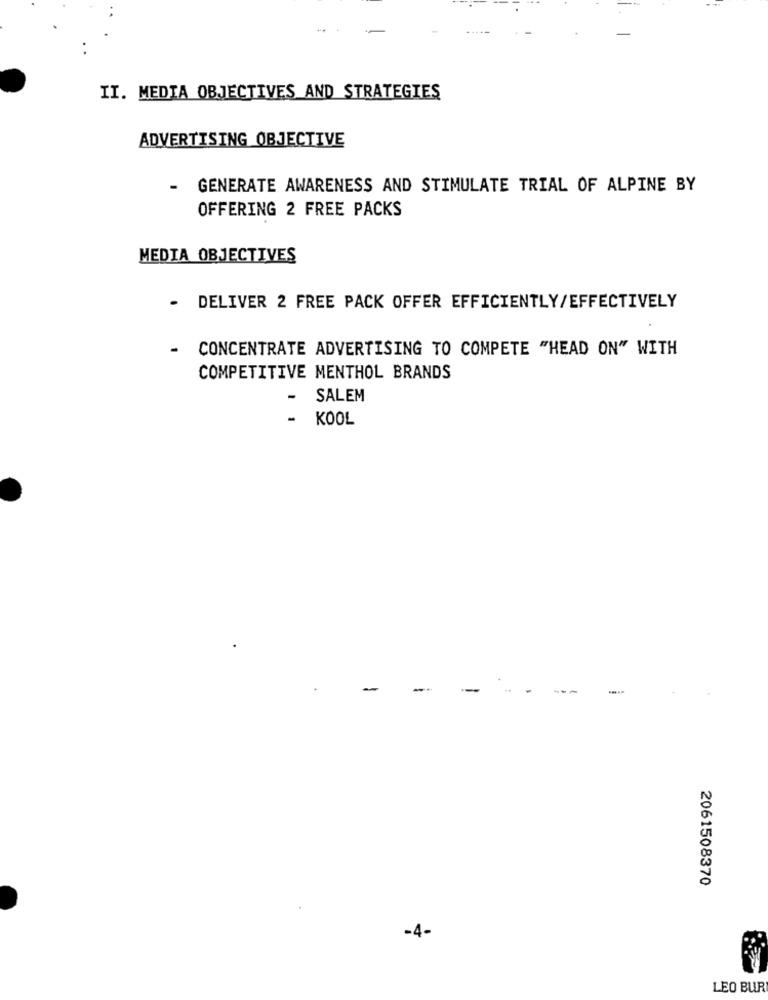
II. MEDIA OBJECTIVES AND STRATEGIES
ADVERTISING OBJECTIVE
GENERATE AWARENESS AND STIMULATE TRIAL OF ALPINE BY
OFFERING 2 FREE PACKS
MEDIA OBJECTIVES
DELIVER 2 FREE PACK OFFER EFFICIENTLY/EFFECTIVELY
CONCENTRATE ADVERTISING TO COMPETE "HEAD ON" WITH
COMPETITIVE MENTHOL BRANDS
-
SALEM
-
KOOL
-.
--
2061508370
-4-
LEO BUR